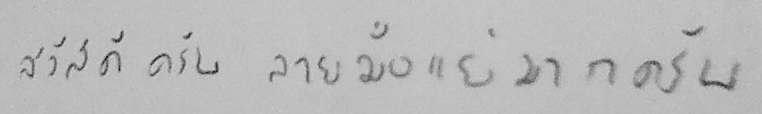
สวัสดีครับ ลายมือแย่มากครับ